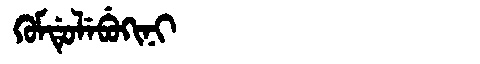
Manchu: ᡴᡠᠮᡩᡠᠯᡝᠪᡠᡴᡳᠨᡳ
Romanization: KUMDULEBUKINI